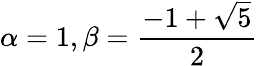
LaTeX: \alpha=1,\beta={\frac{-1+{\sqrt{5}}}{2}}